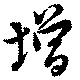
增